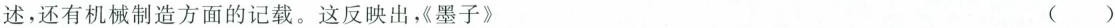
述，还有机械制造方面的记载。这反映出，《墨子》 ( )